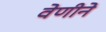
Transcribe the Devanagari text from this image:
वेणीने